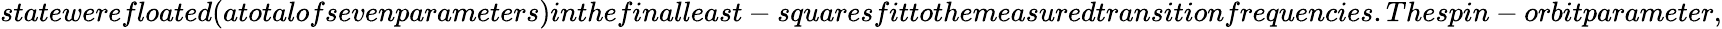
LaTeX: statewerefloated(atotalofsevenparameters)inthefinalleast-squaresfittothemeasuredtransitionfrequencies.Thespin-orbitparameter,